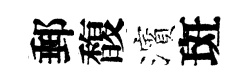
郵馥濱斑